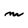
Character: m